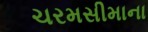
ચરમસીમાના